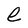
Character: e